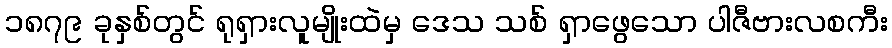
၁၈၇၉ ခုနှစ်တွင် ရုရှားလူမျိုးထဲမှ ဒေသ သစ် ရှာဖွေသော ပါဇီဗားလစကီး